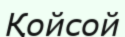
Қойсой